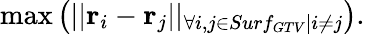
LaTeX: \operatorname*{max}\left(||\mathbf{r}_{i}-\mathbf{r}_{j}||_{\forall i,j\in Surf_{GTV}|i\neq j}\right).